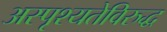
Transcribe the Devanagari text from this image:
अस्पृश्यतेविरुद्ध